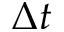
\Delta t